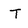
Character: T